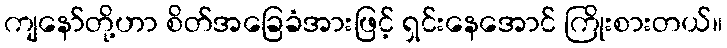
ကျနော်တို့ဟာ စိတ်အခြေခံအားဖြင့် ရှင်းနေအောင် ကြိုးစားတယ်။